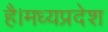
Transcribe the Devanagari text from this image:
है।मध्यप्रदेश